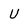
Character: U